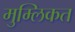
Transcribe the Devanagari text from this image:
मुम्लिकत